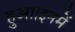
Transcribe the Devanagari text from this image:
हुआ।इनमें